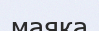
маяка